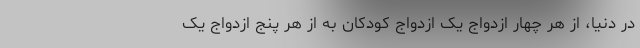
در دنیا، از هر چهار ازدواج یک ازدواج کودکان به از هر پنج ازدواج یک